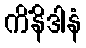
ကိံနိဒါနံ